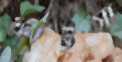
ফাইসা